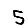
Digit: 5